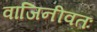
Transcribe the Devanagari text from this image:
वाजिनीवतः